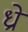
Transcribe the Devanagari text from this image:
ध्रो